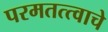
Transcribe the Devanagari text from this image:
परमतत्त्वाचे